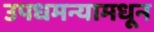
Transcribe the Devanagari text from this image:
उपधमन्यामधून